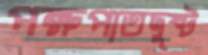
পক্ষপাতদুষ্ট